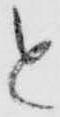
と